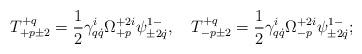
LaTeX: \begin{align*}T^{+q}_{+p\pm2}=\frac12\gamma^i_{q\dot q}\Omega^{+2i}_{+p}\psi^{1-}_{\pm2\dot q},\quad T^{+q}_{-p\pm2}=\frac12\gamma^i_{q\dot q}\Omega^{+2i}_{-p}\psi^{1-}_{\pm2\dot q};\end{align*}